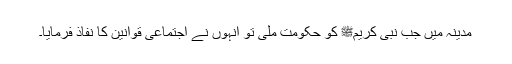
مدینہ میں جب نبی کریمﷺ کو حکومت ملی تو انہوں نے اجتماعی قوانین کا نفاذ فرمایا۔